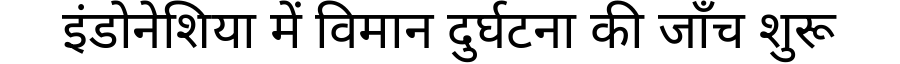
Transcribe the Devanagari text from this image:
इंडोनेशिया में विमान दुर्घटना की जाँच शुरू